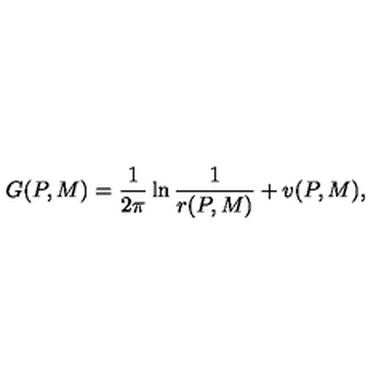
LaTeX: G ( P , M ) = { \frac { 1 } { 2 \pi } } \ln { \frac { 1 } { r ( P , M ) } } + v ( P , M ) ,